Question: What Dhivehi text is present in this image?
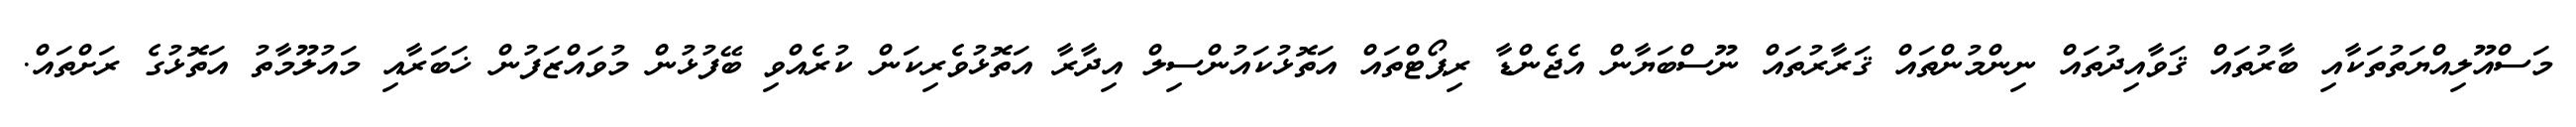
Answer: މަސްއޫލިއްޔަތުތަކާއި ބާރުތައް ޤަވާއިދުތައް ނިންމުންތައް ޤަރާރުތައް ނޫސްބަޔާން އެޖެންޑާ ރިޕޯޓްތައް އަތޮޅުކައުންސިލް އިދާރާ އަތޮޅުވެރިކަން ކުރެއްވި ބޭފުޅުން މުވައްޒަފުން ޚަބަރާއި މައުލޫމާތު އަތޮޅުގެ ރަށްތައް.